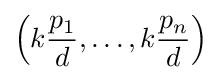
\left(k{\frac {p_{1}}{d}},\ldots ,k{\frac {p_{n}}{d}}\right)